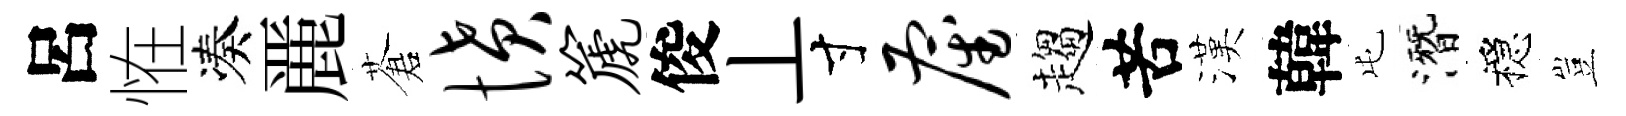
呂恠凑䴡蒼愤篪俊丄寸雇趨苦漢韓屯潛穩豈